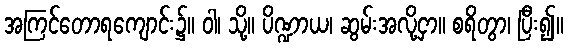
အကြင်တောရကျောင်း၌။ ဝါ၊ သို့။ ပိဏ္ဍာယ၊ ဆွမ်းအလို့ငှာ။ စရိတွာ၊ ပြီး၍။